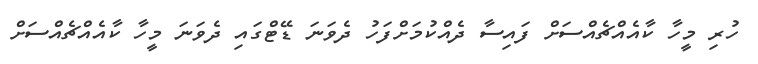
ހުރި މީހާ ކާއެއްޗެއްސަށް ފައިސާ ދެއްކުމަށްފަހު ދެވަނަ ޑޭޓްގައި ދެވަނަ މީހާ ކާއެއްޗެއްސަށް